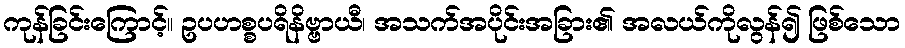
ကုန်ခြင်းကြောင့်။ ဥပဟစ္စပရိနိဗ္ဗာယီ၊ အသက်အပိုင်းအခြား၏ အလယ်ကိုလွန်၍ ဖြစ်သော